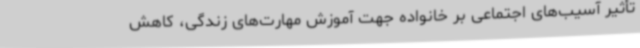
تأثیر آسیب‌های اجتماعی بر خانواده جهت آموزش مهارت‌های زندگی، کاهش